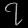
Digit: ၇